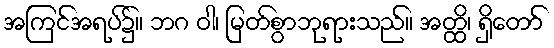
အကြင်အရပ်၌။ ဘဂ ဝါ၊ မြတ်စွာဘုရားသည်။ အတ္ထိ၊ ရှိတော်